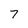
Character: 7